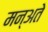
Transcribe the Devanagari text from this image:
मन्अते